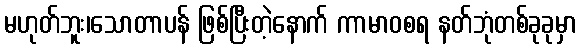
မဟုတ်ဘူး၊သောတာပန် ဖြစ်ပြီးတဲ့နောက် ကာမာဝစရ နတ်ဘုံတစ်ခုခုမှာ